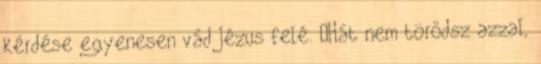
kérdése egyenesen vád Jézus felé. „Hát nem törődsz azzal,